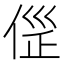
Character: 𠊦